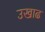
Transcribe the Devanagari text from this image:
उखाढ